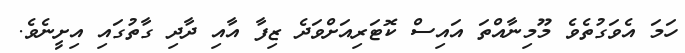
ހަމަ އެވަގުތެވެ މޫމިނާއްތަ އައިސް ކޮޓަރިއަށްވަދެ ޒިފާ އާއި ދާދި ގާތުގައި އިށީނެވެ.